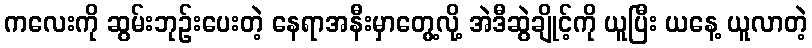
ကလေးကို ဆွမ်းဘုဉ်းပေးတဲ့ နေရာအနီးမှာတွေ့လို့ အဲဒီဆွဲချိုင့်ကို ယူပြီး ယနေ့ ယူလာတဲ့